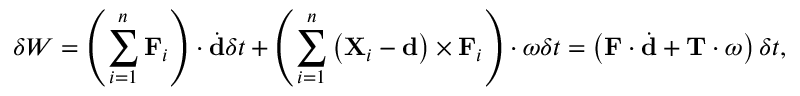
\delta W = \left( \sum _ { i = 1 } ^ { n } \mathbf { F } _ { i } \right) \cdot { \dot { \mathbf { d } } } \delta t + \left( \sum _ { i = 1 } ^ { n } \left( \mathbf { X } _ { i } - \mathbf { d } \right) \times \mathbf { F } _ { i } \right) \cdot { \boldsymbol { \omega } } \delta t = \left( \mathbf { F } \cdot { \dot { \mathbf { d } } } + \mathbf { T } \cdot { \boldsymbol { \omega } } \right) \delta t ,